Leaving Certificate Examination, 1910
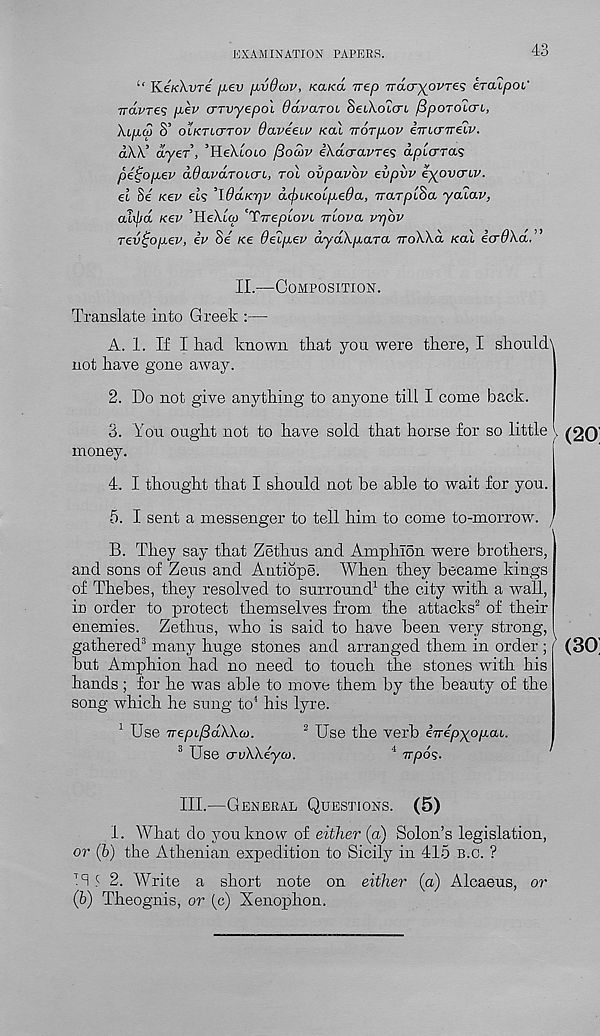
EXAMINATION PAPERS.
43
‘‘ Ke/cXure fiev fxvdojv, ko-ko. nep Tracr^oi'res eTCupoV
irdvres pev crTvyepoL ddvaTOi SeiXotcn, fipoTOicn,
XiptS S’ olktlg'tov daveeiu Kal TTOTpov ijncrTreiv.
aXX’ dyer, ’HeXtoio jBoutv iXacravres apicrrci’i
petjopev dOavaToicri, rol ovpavbv evpvv eyovcriv.
el Se Kev els ’IddKpv dcf)ucoLpeOa, vrarptSa ycuav,
atyd Kev ’HeXtw ’’'TjrepiovL Triova vrjbv
Tev^opev, iv Se Ke deipev dyaXpara ttoXXo. Kal icrdXa.”
II.—Composition.
Translate into Greek :—
A. I. If I had known that you were there, I should'
not have gone away.
2. Do not give anything to anyone till I come back.
3. Yon ought not to have sold that horse for so little .
money.
4. I thought that I should not be able to wait for you.
5. I sent a messenger to tell him to come to-morrow. t
B. They say that Zethus and Amphlon were brothers,
and sons of Zeus and Autiope. When they became kings
of Thebes, they resolved to surround 1 the city with a wall,
in order to protect themselves from the attacks 2 of their
enemies. Zethus, who is said to have been very strong,
gathered 3 many huge stones and arranged them in order ; '
but Amphion had no need to touch the stones with his
hands ; for he was able to move them by the beauty of the
song which he sung to 4 his lyre.
1 Use TrepifidWco.
2 Use the verb eirepyppai.
3 Use crvWeya).
4 Trpos-
III.—General Questions. (5)
1. What do you know of either (a) Solon’s legislation,
or (b) the Athenian expedition to Sicily in 415 b.c. ?
TSS 2. AVrite a short note on either (a) Alcaeus, or
(6) Theognis, or (c) Xenophon.